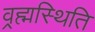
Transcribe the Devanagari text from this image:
व्रह्मस्थिति